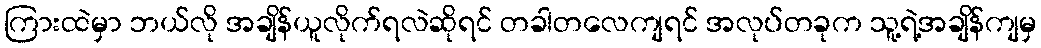
ကြားထဲမှာ ဘယ်လို အချိန်ယူလိုက်ရလဲဆိုရင် တခါတလေကျရင် အလုပ်တခုက သူ့ရဲ့အချိန်ကျမှ